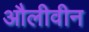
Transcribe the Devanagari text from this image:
औलीवीन